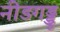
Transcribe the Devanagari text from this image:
नीड़गड्डु